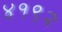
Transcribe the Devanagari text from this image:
४१९२